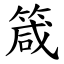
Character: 箴